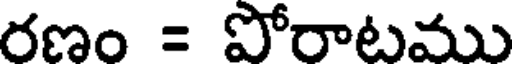
రణం = పోరాటము